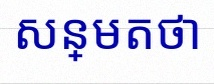
សន្មតថា x ជាចំនួនពិត